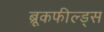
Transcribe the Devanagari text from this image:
ब्रूकफील्ड्स